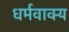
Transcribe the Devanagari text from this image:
धर्मवाक्य